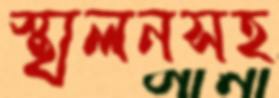
স্খলনসহ